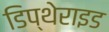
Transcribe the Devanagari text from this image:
डिप्थेराइड